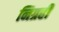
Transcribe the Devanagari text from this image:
निग्रही